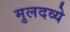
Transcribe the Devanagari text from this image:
मुलदव्ये